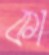
কা